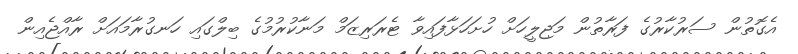
އެގޮތުން ސަރުކާރުގެ ފަރާތުން މަޖިލީހަށް ހުށަހަޅާފައިވާ ޓެރަރިޒަމް މަނާކުރުމުގެ ބިލްގައި ހަނގުރާމައަށް ރާއްޖެއިން